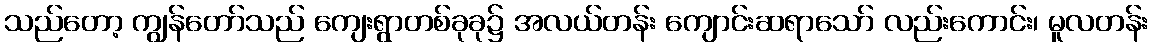
သည်တော့ ကျွန်တော်သည် ကျေးရွာတစ်ခုခု၌ အလယ်တန်း ကျောင်းဆရာသော် လည်းကောင်း၊ မူလတန်း